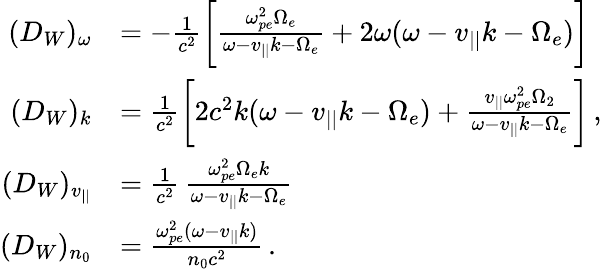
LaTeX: \begin{array}{rl}{(D_{W})_{\omega}}&{=-\frac{1}{c^{2}}\bigg[\frac{\omega_{pe}^{2}\Omega_{e}}{\omega-v_{||}k-\Omega_{e}}+2\omega(\omega-v_{||}k-\Omega_{e})\bigg]}\\ {(D_{W})_{k}}&{=\frac{1}{c^{2}}\bigg[2c^{2}k(\omega-v_{||}k-\Omega_{e})+\frac{v_{||}\omega_{pe}^{2}\Omega_{2}}{\omega-v_{||}k-\Omega_{e}}\bigg]\, ,}\\ {(D_{W})_{v_{||}}}&{=\frac{1}{c^{2}}\, \frac{\omega_{pe}^{2}\Omega_{e}k}{\omega-v_{||}k-\Omega_{e}}}\\ {(D_{W})_{n_{0}}}&{=\frac{\omega_{pe}^{2}(\omega-v_{||}k)}{n_{0}c^{2}}\, .}\end{array}